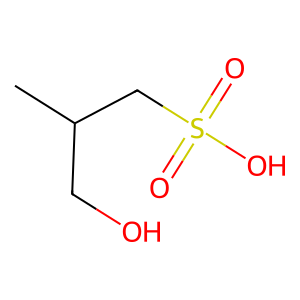
SMILES: CC(CO)CS(=O)(=O)O
Inhibits HIV replication: No